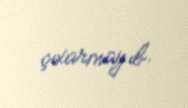
çıxarmayıb.